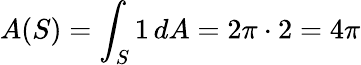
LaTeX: A(S)=\int_{S}1\, dA=2\pi\cdot 2=4\pi